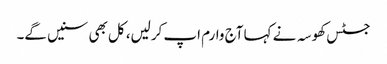
جسٹس کھوسہ نے کہا آج وارم اپ کرلیں، کل بھی سنیں گے۔